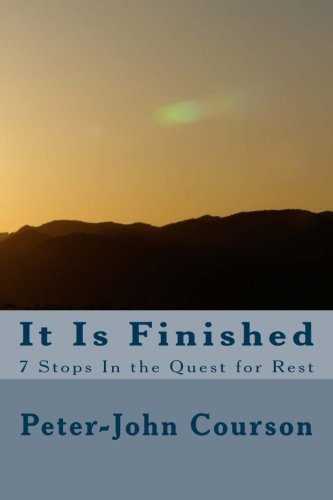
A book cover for It Is Finished: 7 Stops In the Quest for Rest; Peter-John Courson; Christian Books & Bibles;